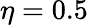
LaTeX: \eta=0.5